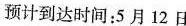
预计到达时间：5月12日